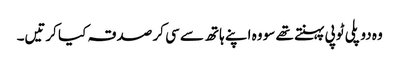
وہ دو پلی ٹوپی پہنتے تھے سو وہ اپنے ہاتھ سے سی کر صدقہ کیا کرتیں۔